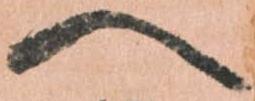
へ